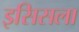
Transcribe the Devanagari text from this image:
इसिसला